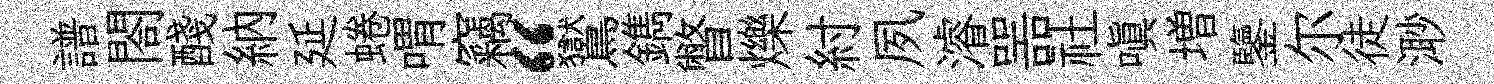
譜閤醆納延蜷喟竊“鸑鐫瞥爍紂夙濬噐社嗔増鑒尔徒𣺌